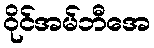
ဝိုင်အမ်ဘီအေ